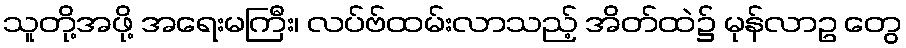
သူတို့အဖို့ အရေးမကြီး၊ လပ်ဗ်ထမ်းလာသည့် အိတ်ထဲ၌ မုန်လာဥ တွေ